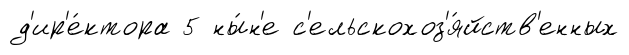
д'ир'е́ктора 5 ны́н'е с'ельскохоз'я́йств'енных